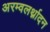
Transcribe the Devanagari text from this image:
अरम्वलर्थ्नादन